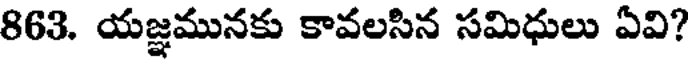
863. యజ్ఞమునకు కావలసిన సమిధులు ఏవి?